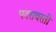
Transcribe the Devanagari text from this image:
पदरावरती